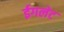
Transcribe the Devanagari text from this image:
ईगलेट